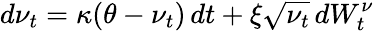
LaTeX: d\nu_{t}=\kappa(\theta-\nu_{t})\, dt+\xi{\sqrt{\nu_{t}}}\, dW_{t}^{\nu}